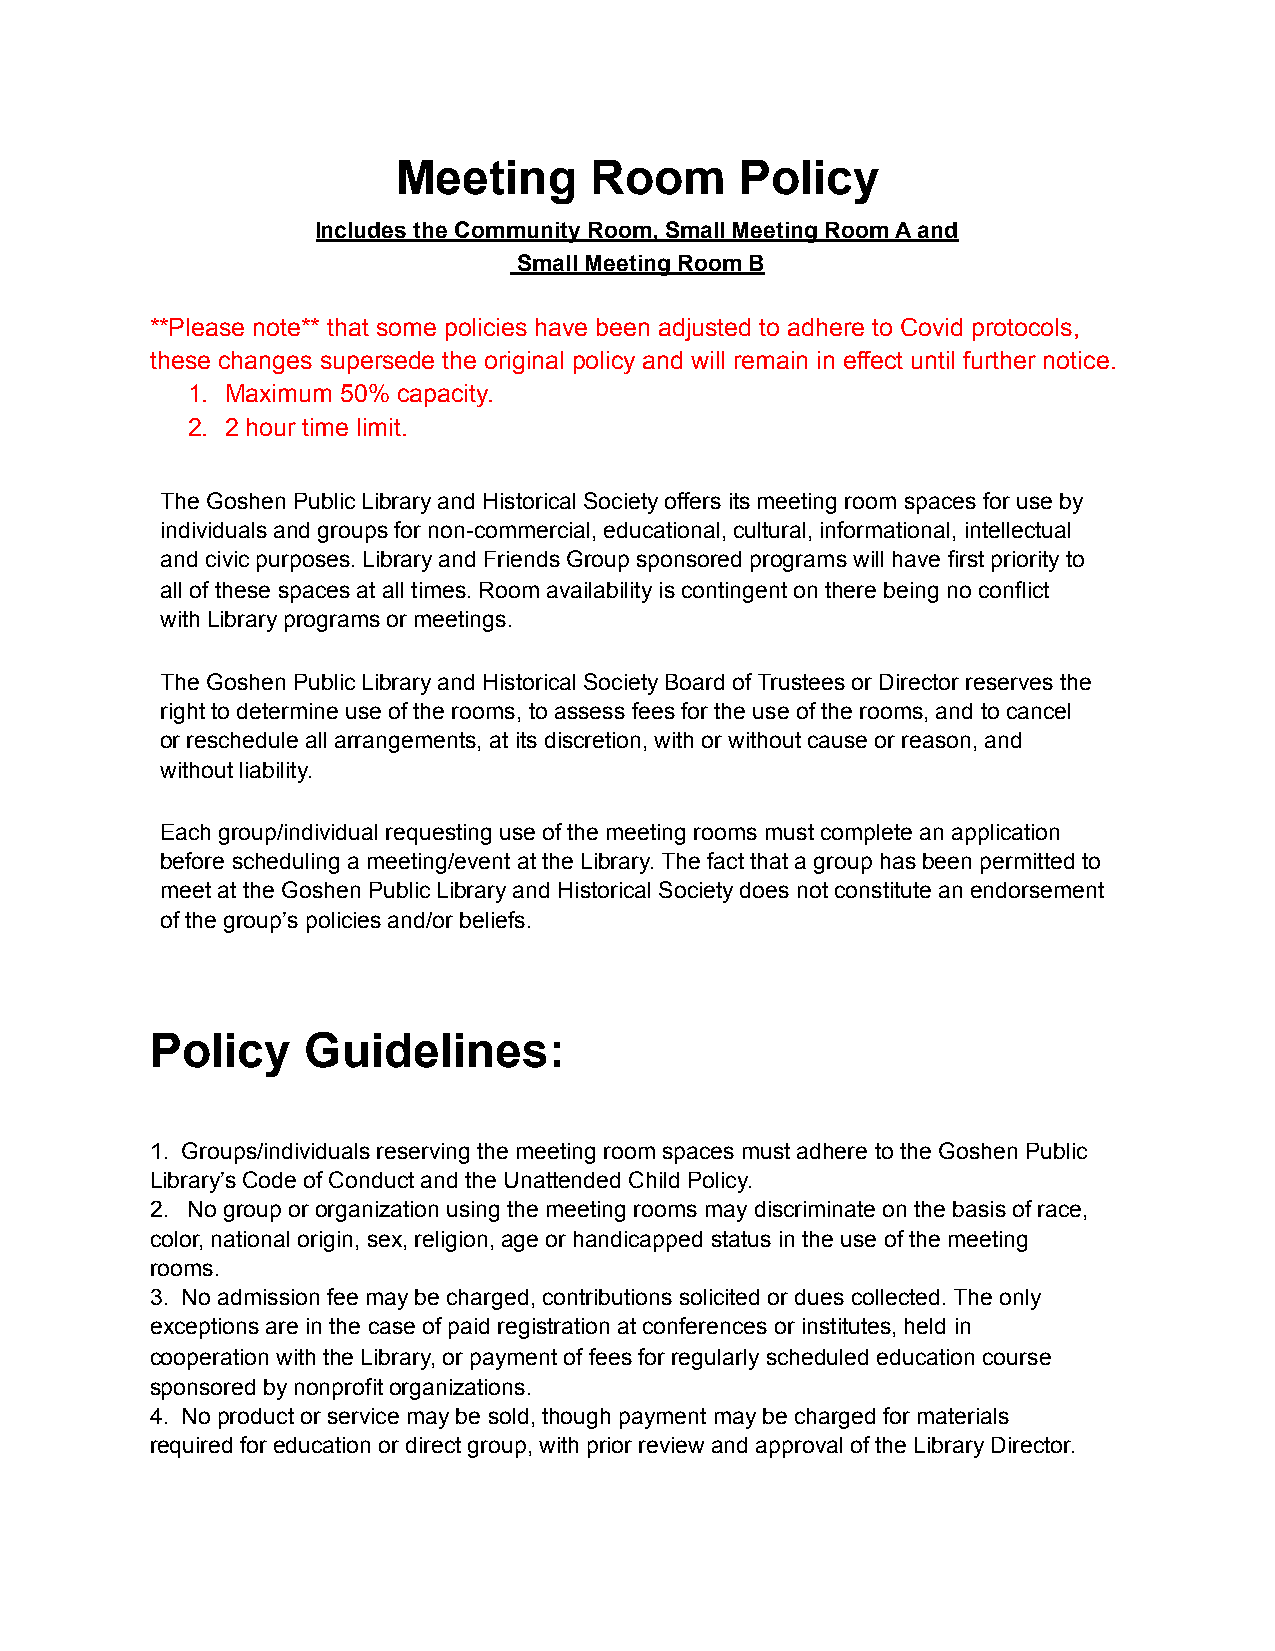
Meeting      Room      Policy
 Includes the Community Room, Small Meeting Room A and
 Small Meeting Room B
 **Please note** that some policies have been adjusted to adhere to Covid protocols,
 these changes supersede the original policy and will remain in effect until further notice.
 1. Maximum 50% capacity.
 2. 2 hour time limit.
 The Goshen Public Library and Historical Society offers its meeting room spaces for use by
 individuals and groups for non-commercial, educational, cultural, informational, intellectual
 and civic purposes. Library and Friends Group sponsored programs will have first priority to
 all of these spaces at all times. Room availability is contingent on there being no conflict
 with Library programs or meetings.
 The Goshen Public Library and Historical Society Board of Trustees or Director reserves the
 right to determine use of the rooms, to assess fees for the use of the rooms, and to cancel
 or reschedule all arrangements, at its discretion, with or without cause or reason, and
 without liability.
 Each group/individual requesting use of the meeting rooms must complete an application
 before scheduling a meeting/event at the Library. The fact that a group has been permitted to
 meet at the Goshen Public Library and Historical Society does not constitute an endorsement
 of the group’s policies and/or beliefs.
 Policy    Guidelines:
 1. Groups/individuals reserving the meeting room spaces must adhere to the Goshen Public
 Library’s Code of Conduct and the Unattended Child Policy.
 2. No group or organization using the meeting rooms may discriminate on the basis of race,
 color, national origin, sex, religion, age or handicapped status in the use of the meeting
 rooms.
 3. No admission fee may be charged, contributions solicited or dues collected. The only
 exceptions are in the case of paid registration at conferences or institutes, held in
 cooperation with the Library, or payment of fees for regularly scheduled education course
 sponsored by nonprofit organizations.
 4. No product or service may be sold, though payment may be charged for materials
 required for education or direct group, with prior review and approval of the Library Director.